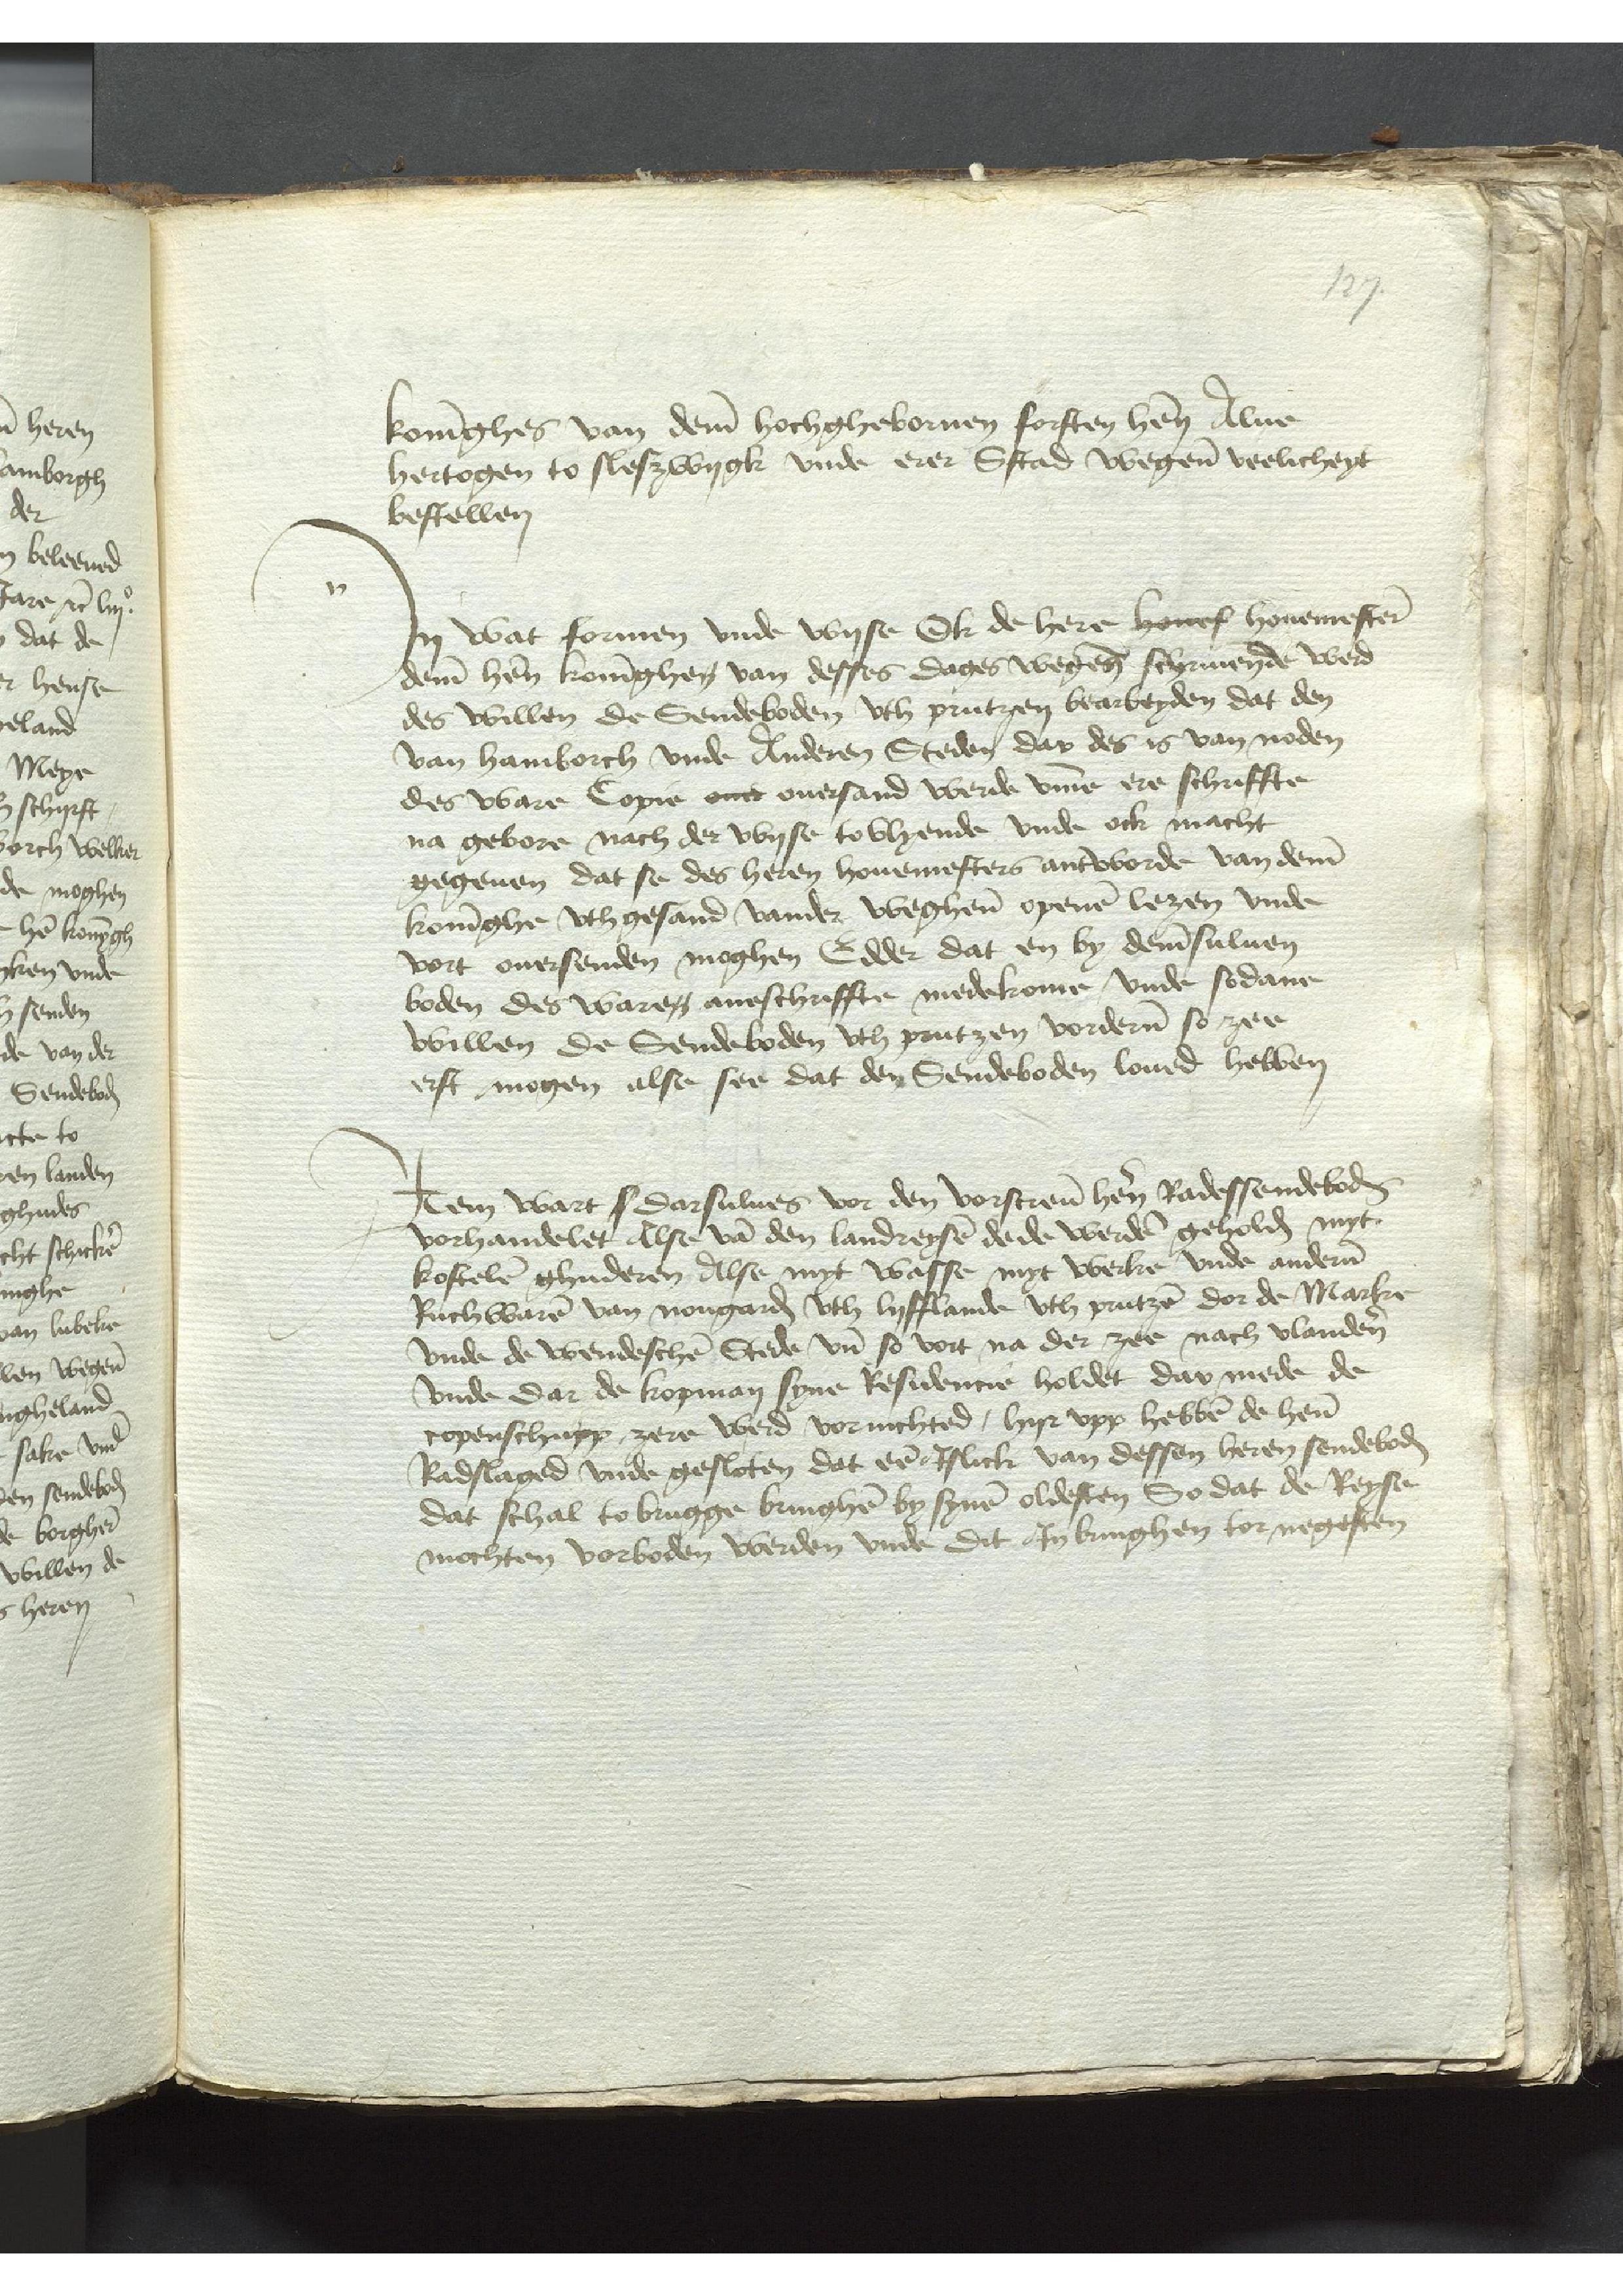
koninghe van deme hochghebornen forsten hern Alue
hertogen to Sleszwygk vnde erer Sstad wegene veelicheyt
bestellen

Jn wat formen vnde wyse Ok de here hences houemestere
dem heren koninghen van desses dages wegens schriuenende werd
des willen de Sendeboden vth prutzzen bearbeyden dat den
van Hamborch vnde Anderen Steden dar des is van noden
des ware Copie ontt ouersand werde vmme ere schriffte
na gebore nach der wyse towyende vnde ock macht
gegeuen dat se des heren houemesters anteborde van deme
koninghe vthgesand vander weghene openen lezen vnde
vort ouersenden moghen Edder dat en by deme suluen
boden des waren aneschriffte mederkome vnde sodane
willen de Sendeboden vth Prutzen vorderen so zee
eft mogen alse see dat den Sendeboden loued hebben

Jtem wart s darsulues vor den vorscreuen heren Radessendeboden
vorhandelet alse van den landreysen de de werden geholden myt
kostelen ghuderen Alse myt wasse myt werke vnde anderen
Ruchwaren van Nougarden vth Lyfflande vth Prutzen dor de Marke
Vnde de wendeschen Stede vnd so vort na der zee nach Vlanderen
vnde dar de kopman syne Resedencien holdet dar mede de
copenschupp zere werd vornichted, hyr vpp hebben de heren
Radslaged vnde gesloten dat een Jslick van dessen heren sendeboden
dat schal to Brugge bringhen by synen oldesten So dat de Reyse
mochten vorboden werden vnde dit Jnbringhen tor negesten